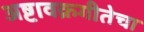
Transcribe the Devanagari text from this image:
अष्टावक्रगीतेचा